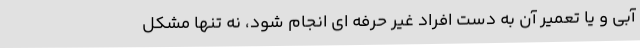
آبی و یا تعمیر آن به دست افراد غیر حرفه ای انجام شود، نه تنها مشکل